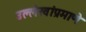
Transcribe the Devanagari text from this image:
उल्लेखांप्रमाणे